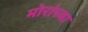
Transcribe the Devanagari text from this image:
मोरांच्या